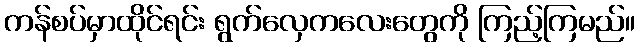
ကန်စပ်မှာထိုင်ရင်း ရွက်လှေကလေးတွေကို ကြည့်ကြမည်။